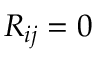
R _ { i j } = 0